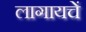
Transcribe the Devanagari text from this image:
लागायचें